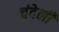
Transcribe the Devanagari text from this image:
चंदेली